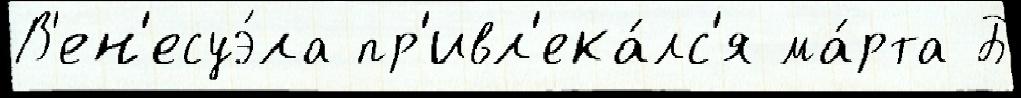
В'ен'есуэ́ла пр'ивл'ека́лс'я ма́рта Б